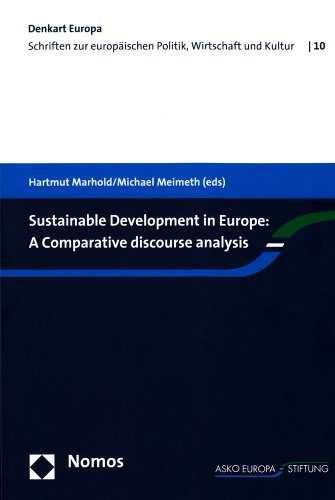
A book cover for Sustainable Development in Europe: A Comparative Discourse Analysis (Denkart Europa. Schriften zur europaischen Politik, Wirtschaft und Kultur); Business & Money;